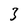
Character: 3